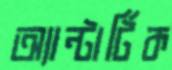
অ্যান্টার্টিক